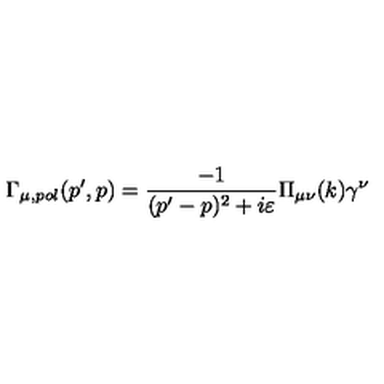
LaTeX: \Gamma _ { \mu , p o l } ( p ^ { \prime } , p ) = \frac { - 1 } { ( p ^ { \prime } - p ) ^ { 2 } + i \varepsilon } \Pi _ { \mu \nu } ( k ) \gamma ^ { \nu }